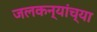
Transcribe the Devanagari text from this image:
जलकन्यांच्या